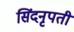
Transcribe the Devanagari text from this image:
सिंदनृपती